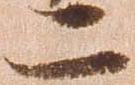
二